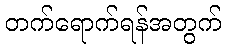
တက်ရောက်ရန်အတွက်